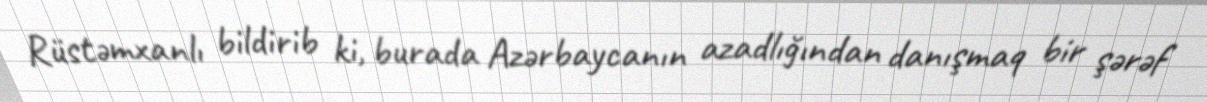
Rüstəmxanlı bildirib ki, burada Azərbaycanın azadlığından danışmaq bir şərəf